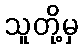
သူတို့မှ